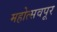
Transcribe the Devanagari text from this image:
महोत्सवपूर